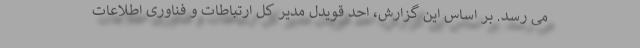
می رسد. بر اساس این گزارش، احد قویدل مدیر کل ارتباطات و فناوری اطلاعات